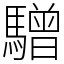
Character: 驓